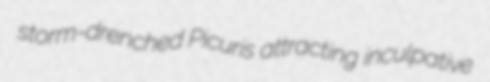
storm-drenched Picuris attracting inculpative